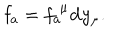
LaTeX: \mathbf { f } _ { a } = f _ { a } ^ { \; \mu } \mathbf { d } y _ { \mu } .